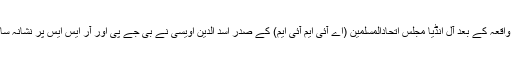
اس واقعہ کے بعد آل انڈیا مجلس اتحادالمسلمین (اے آئی ایم آئی ایم) کے صدر اسد الدین اویسی نے بی جے پی اور آر ایس ایس پر نشانہ سادھا۔